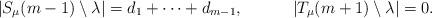
LaTeX: \begin{align*}|S_\mu(m-1) \setminus \lambda| = d_1 + \cdots + d_{m-1},&&|T_\mu(m+1) \setminus \lambda| = 0.\end{align*}